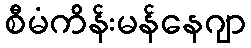
စီမံကိန်းမန်နေဂျာ